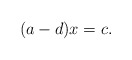
\begin{align*}(a-d)x=c.\end{align*}